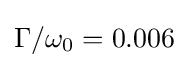
\Gamma /\omega _{0}=\mathrm {0.006}